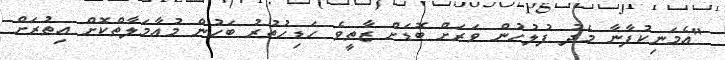
"އެމަނިކުފާނާ މެދު ފުލުހުން ވަރަށް ބޮޑަށް ޒާތީވެ ހަޑިހުތުރު ބަހުން މުއާމަލާތްކޮށް އިތުރަށް